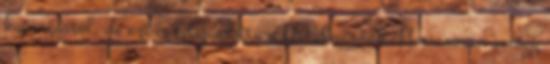
kuporgástól, de ezt is felajánlotta a Hatalmasnak. Hamarosan amúgy